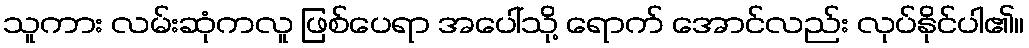
သူကား လမ်းဆုံကလူ ဖြစ်ပေရာ အပေါ်သို့ ရောက် အောင်လည်း လုပ်နိုင်ပါ၏။